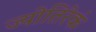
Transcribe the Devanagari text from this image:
ज्योतिरेकं